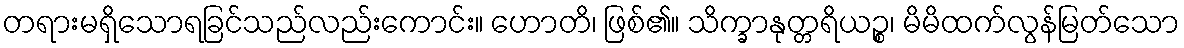
တရားမရှိသောရခြင်သည်လည်းကောင်း။ ဟောတိ၊ ဖြစ်၏။ သိက္ခာနုတ္တရိယဉ္စ၊ မိမိထက်လွန်မြတ်သော